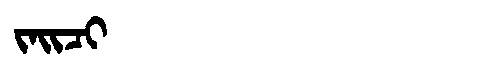
Manchu: ᠵᠠᡳᠴᡳ
Romanization: JAICI